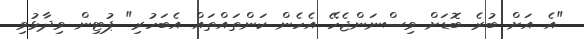
"އެ އަށް ބުރެ ބޮޑަށް ވިސްނަންޖެހޭ އެހެން ކަންތައްތައް އެބަހުރި" ޕުޓިން ވިދާޅުވި